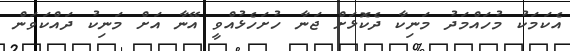
އެކަމަކު މުހައްމަދު މަނިކާ ދެކޮޅަށް ޖަނާ ހުށަހެޅުއްވީ އޭނާ އަށް މަނިކު ދައްކަވަން